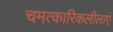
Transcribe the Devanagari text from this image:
चमत्कारिकलीलाएं